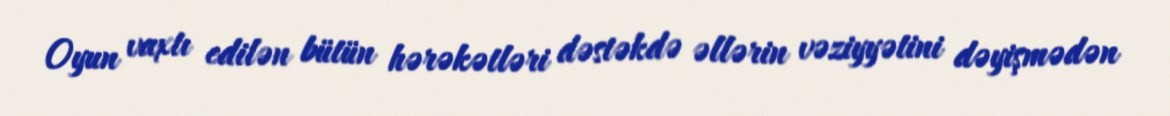
Oyun vaxtı edilən bütün hərəkətləri dəstəkdə əllərin vəziyyətini dəyişmədən